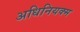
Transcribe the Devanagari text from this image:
अधिनियक्म